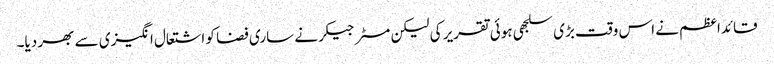
قائداعظم نے اس وقت بڑی سلجھی ہوئی تقریر کی لیکن مسٹر جیکر نے ساری فضا کو اشتعال انگیزی سے بھر دیا۔